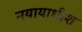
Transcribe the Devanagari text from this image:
नयायाधीश